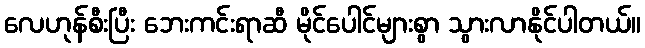
လေဟုန်စီးပြီး ဘေးကင်းရာဆီ မိုင်ပေါင်များစွာ သွားလာနိုင်ပါတယ်။